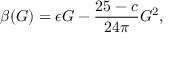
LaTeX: \beta ( G ) = \epsilon G - \frac { 2 5 - c } { 2 4 \pi } G ^ { 2 } ,